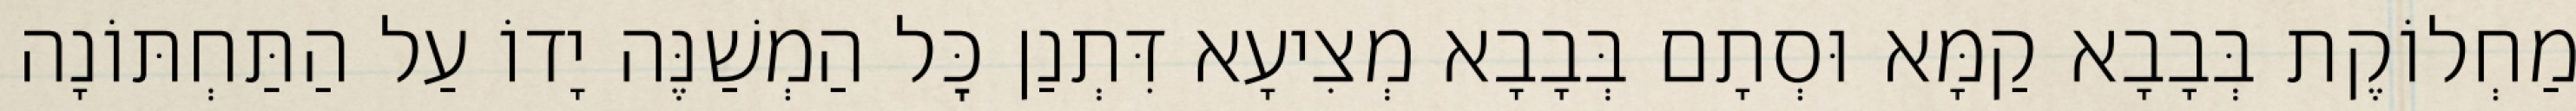
מַחְלוֹקֶת בְּבָבָא קַמָּא וּסְתָם בְּבָבָא מְצִיעָא דִּתְנַן כׇּל הַמְשַׁנֶּה יָדוֹ עַל הַתַּחְתּוֹנָה